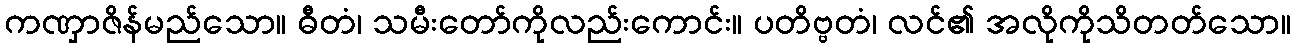
ကဏှာဇိန်မည်သော။ ဓီတံ၊ သမီးတော်ကိုလည်းကောင်း။ ပတိဗ္ဗတံ၊ လင်၏ အလိုကိုသိတတ်သော။